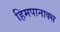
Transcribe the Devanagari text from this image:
हिमपानाक्स